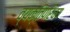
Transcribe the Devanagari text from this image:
व्यक्तिपरिचय